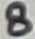
Text: 8